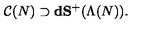
{ \cal C } ( N ) \supset \mathbf { d S ^ { + } } ( \Lambda ( N ) ) .